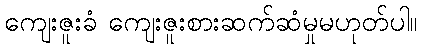
ကျေးဇူးခံ ကျေးဇူးစားဆက်ဆံမှုမဟုတ်ပါ။